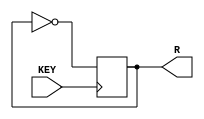
module latch_key(
		 input KEY,
   	 output   R
);
   reg 			     k = 0;
   

    always @(negedge KEY)
	   k = ~k;

   assign  R = k;

endmodule // latch_key